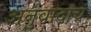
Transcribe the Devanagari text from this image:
अनुवादाचं